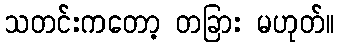
သတင်းကတော့ တခြား မဟုတ်။